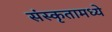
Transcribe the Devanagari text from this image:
संस्कृतामध्ये